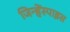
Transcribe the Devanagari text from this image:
जिन्हेंस्पाइस